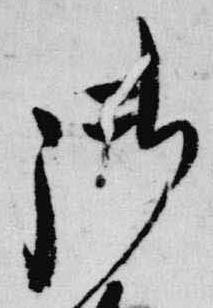
御